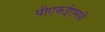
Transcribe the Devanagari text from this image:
पीएफईएमपी